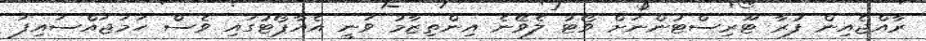
ރާއްޖެއިން ފުރާ ޓޫރިސްޓުންނަށް ވޯޓު ލެވޭނެ އިންތިޒާމު ވަނީ އެއާޕޯޓުގައި ވެސް ހަމަޖައްސައިފަ